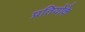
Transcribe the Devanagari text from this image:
प्रतियोंके